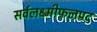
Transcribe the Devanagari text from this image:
सर्वलक्ष्मीफलप्रद